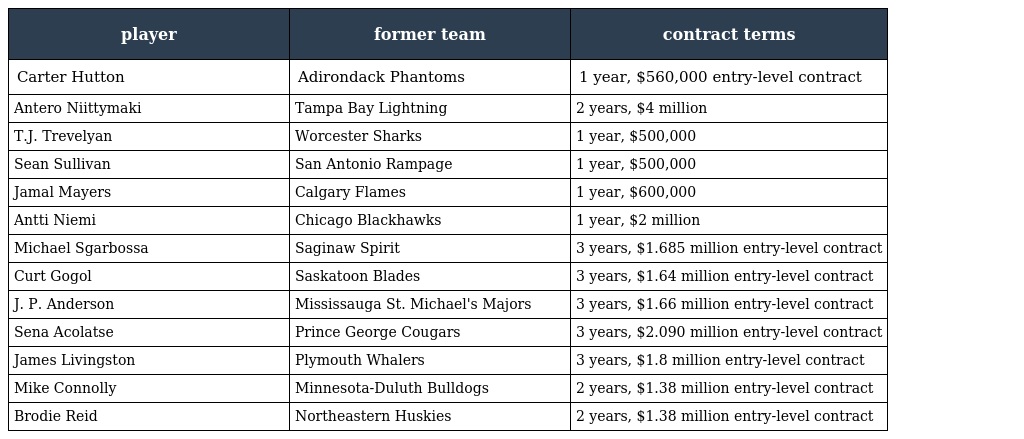
| player | former team | contract terms |
 | --- | --- | --- |
 | Carter Hutton | Adirondack Phantoms | 1 year, $560,000 entry-level contract |
 | Antero Niittymaki | Tampa Bay Lightning | 2 years, $4 million |
 | T.J. Trevelyan | Worcester Sharks | 1 year, $500,000 |
 | Sean Sullivan | San Antonio Rampage | 1 year, $500,000 |
 | Jamal Mayers | Calgary Flames | 1 year, $600,000 |
 | Antti Niemi | Chicago Blackhawks | 1 year, $2 million |
 | Michael Sgarbossa | Saginaw Spirit | 3 years, $1.685 million entry-level contract |
 | Curt Gogol | Saskatoon Blades | 3 years, $1.64 million entry-level contract |
 | J. P. Anderson | Mississauga St. Michael's Majors | 3 years, $1.66 million entry-level contract |
 | Sena Acolatse | Prince George Cougars | 3 years, $2.090 million entry-level contract |
 | James Livingston | Plymouth Whalers | 3 years, $1.8 million entry-level contract |
 | Mike Connolly | Minnesota-Duluth Bulldogs | 2 years, $1.38 million entry-level contract |
 | Brodie Reid | Northeastern Huskies | 2 years, $1.38 million entry-level contract |